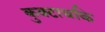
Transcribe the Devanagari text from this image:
कुक्टाचकि